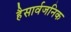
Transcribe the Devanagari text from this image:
हैसार्वजनिक